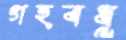
গহবধূ